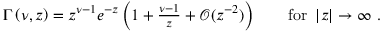
\begin{array} { r } { \Gamma \left( \nu , z \right) = z ^ { \nu - 1 } e ^ { - z } \left( 1 + \frac { \nu - 1 } { z } + \mathcal { O } ( z ^ { - 2 } ) \right) \qquad \mathrm { f o r } \ \left| z \right| \to \infty \ . } \end{array}